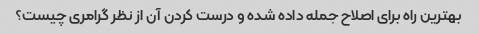
بهترین راه برای اصلاح جمله داده شده و درست کردن آن از نظر گرامری چیست؟